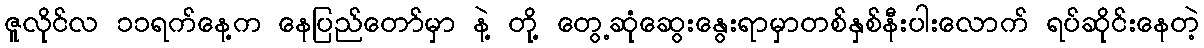
ဇူလိုင်လ ၁၁ရက်နေ့က နေပြည်တော်မှာ နဲ့ တို့ တွေ့ဆုံဆွေးနွေးရာမှာတစ်နှစ်နီးပါးလောက် ရပ်ဆိုင်းနေတဲ့